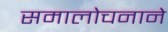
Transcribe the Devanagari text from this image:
समालोचनाने